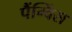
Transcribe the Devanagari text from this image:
पैंग्विंस